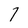
Character: 7